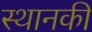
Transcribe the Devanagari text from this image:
स्‍थानकी